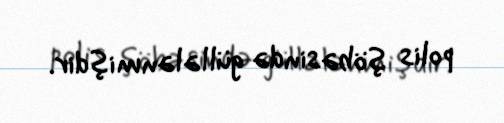
polis şöbəsində güllələnmişdir.